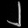
Digit: ၂